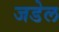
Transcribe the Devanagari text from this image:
जडेल